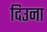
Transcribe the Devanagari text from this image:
दिउना